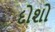
દોશો